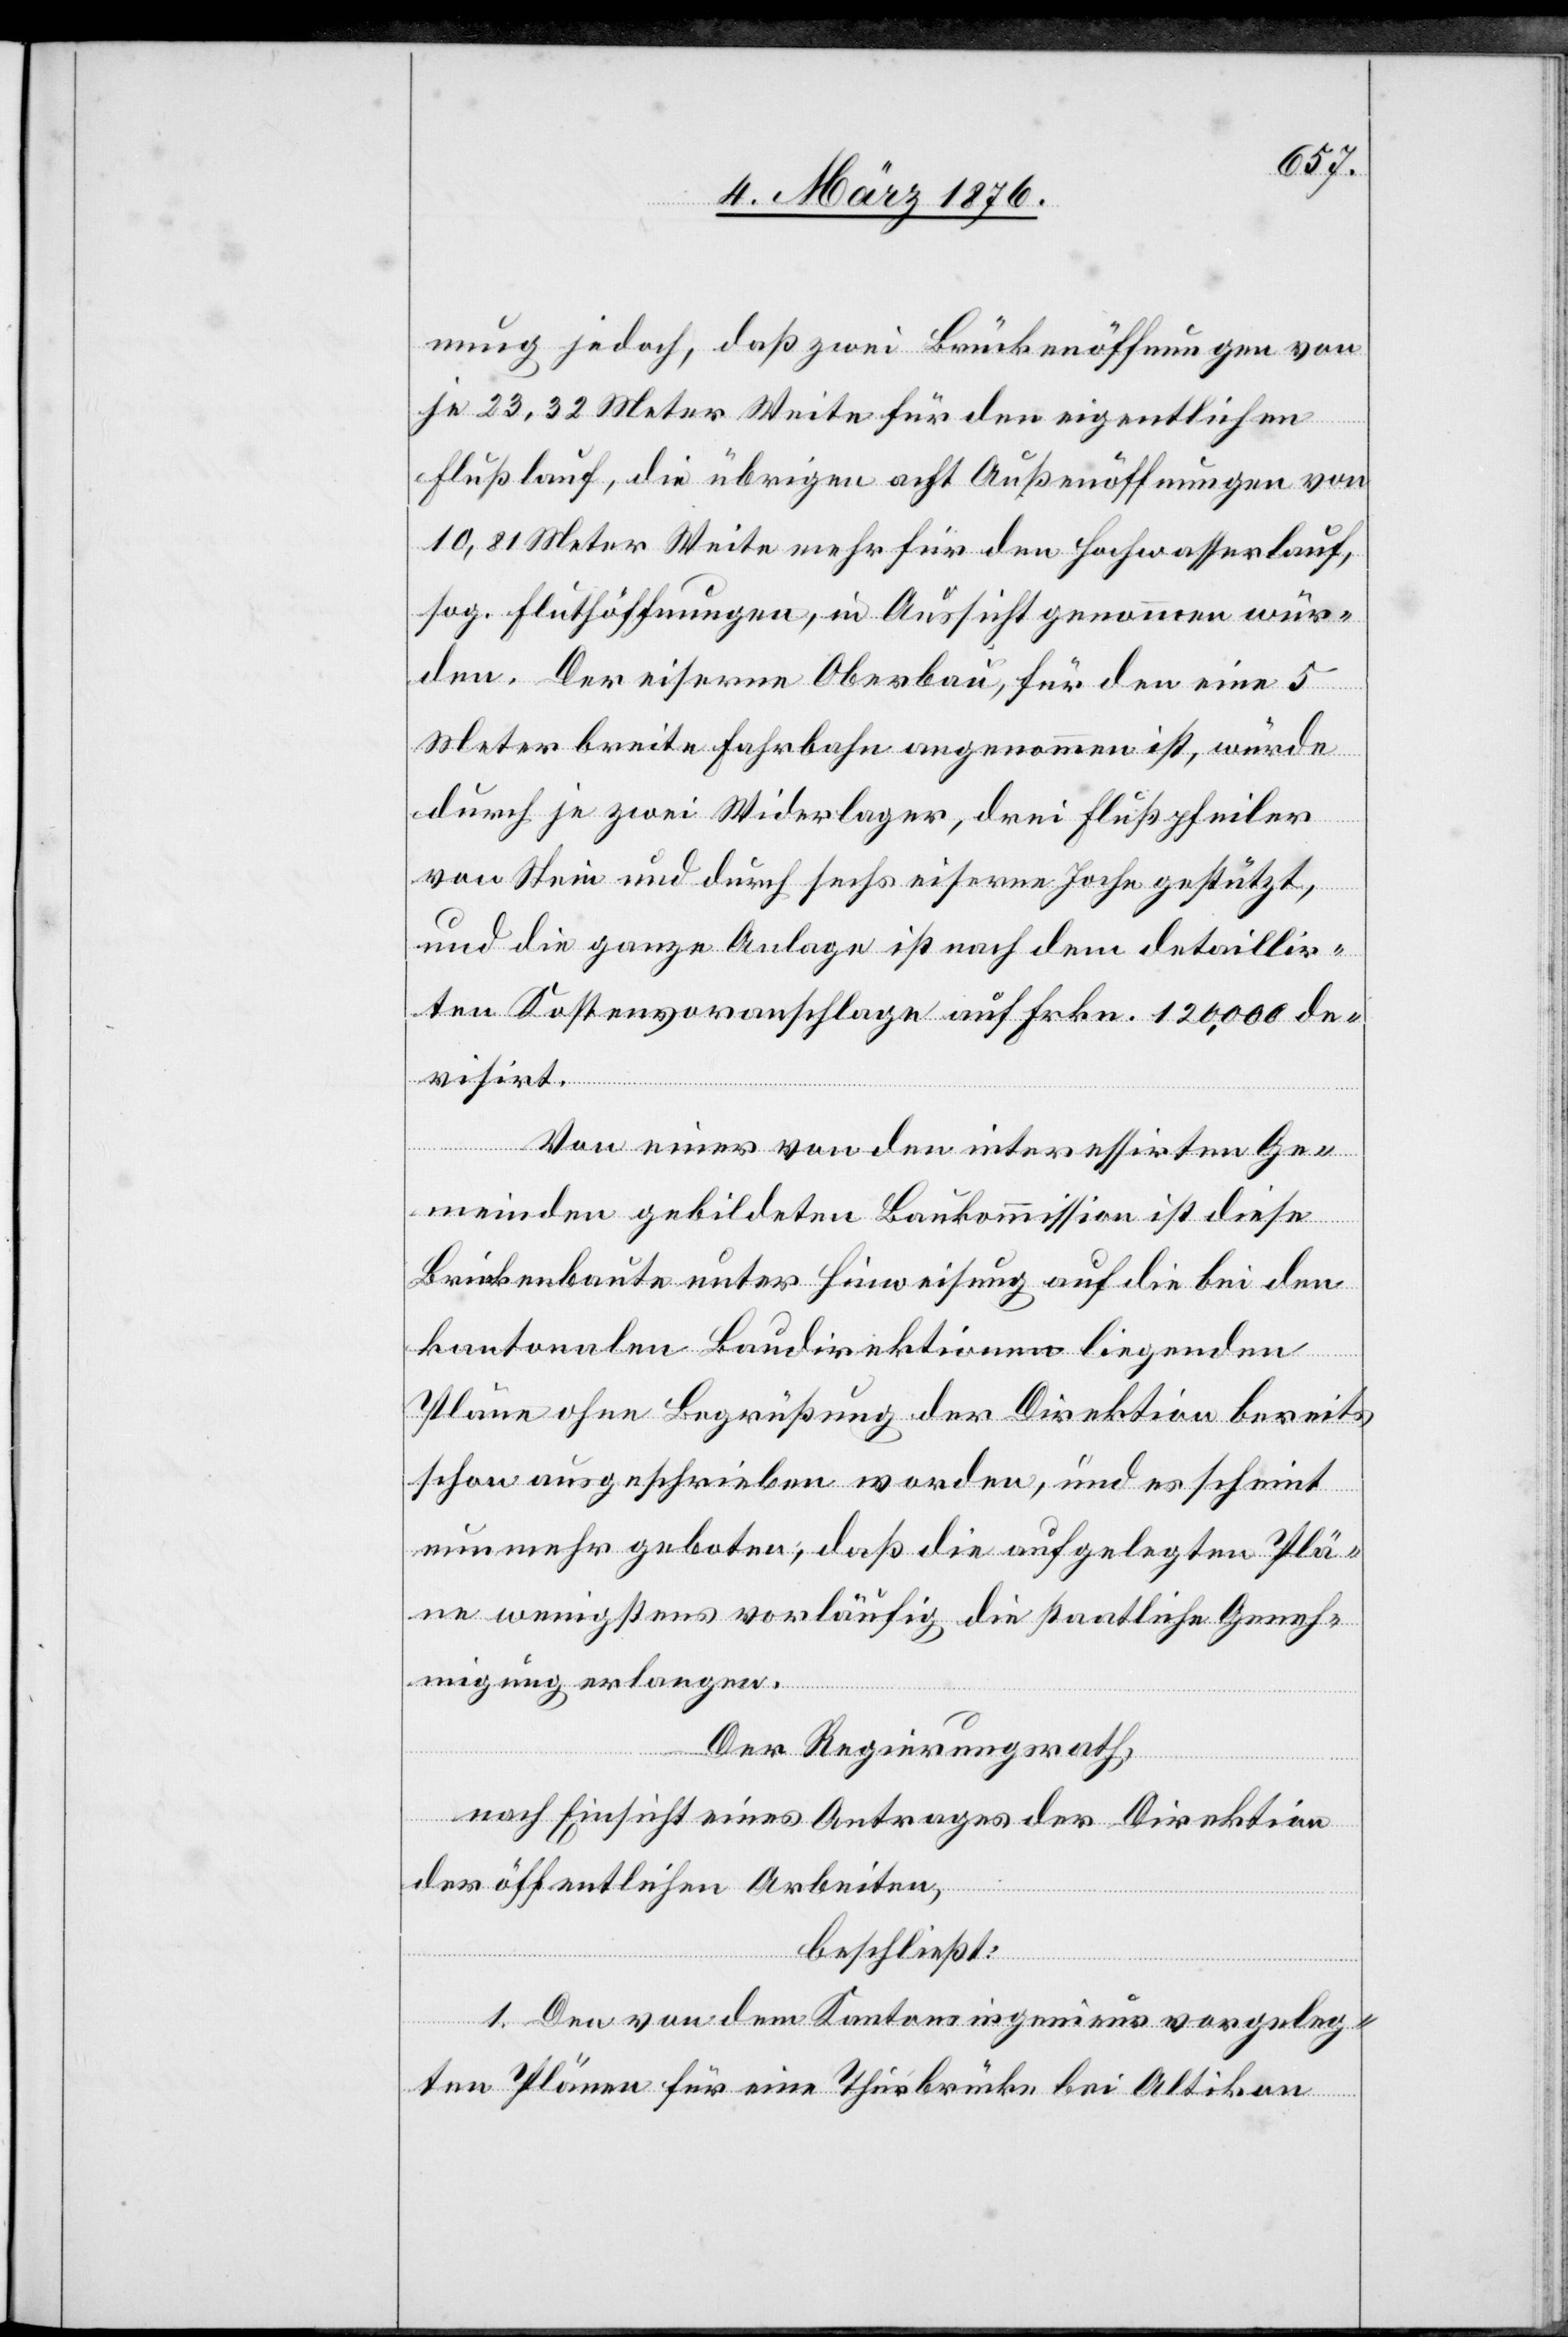
nung jedoch, daß zwei Brückenöffnungen von
je 23,32 Meter Weite für den eigentlichen
Flußlauf, die übrigen acht Außenöffnungen von
10,81 Meter Weite mehr für den Hochwasserlauf,
sog. Fluthöffnungen, in Aussicht genommen wür¬
den. Der eiserne Oberbau, für den eine 5
Meter breite Fahrbahn angenommen ist, würde
durch je zwei Widerlager, drei Flußpfeiler
von Stein und durch sechs eiserne Joche gestützt,
und die ganze Anlage ist nach dem detaillir¬
ten Kostenvoranschlage auf Frkn. 120,000 de¬
visirt.
Von einer von den interessirten Ge¬
meinden gebildeten Baukommission ist diese
Brückenbaute unter Hinweisung auf die bei den
kantonalen Baudirektionen liegenden
Pläne ohne Begrüßung der Direktion bereits
schon ausgeschrieben worden, und es scheint
nunmehr geboten, daß die aufgelegten Plä¬
ne wenigsten vorläufig die staatliche Geneh¬
migung erlangen.
Der Regierungsrath,
nach Einsicht eines Antrages der Direktion
der öffentlichen Arbeiten,
beschließt:
1. Den von dem Kantonsingenieur vorgeleg¬
ten Plänen für eine Thurbrücke bei Altikon